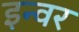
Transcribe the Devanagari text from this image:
इन्वर